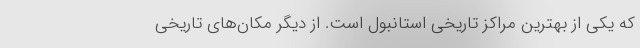
که یکی از بهترین مراکز تاریخی استانبول است. از دیگر مکان‌های تاریخی